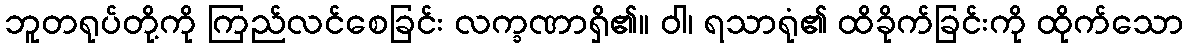
ဘူတရုပ်တို့ကို ကြည်လင်စေခြင်း လက္ခဏာရှိ၏။ ဝါ၊ ရသာရုံ၏ ထိခိုက်ခြင်းကို ထိုက်သော